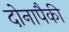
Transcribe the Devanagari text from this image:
दोनापैकी